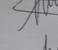
Signature authenticity: genuine